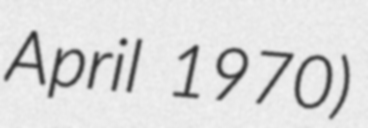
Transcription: April 1970)